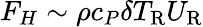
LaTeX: F_{H}\sim\rho c_{P}\delta T_{\mathrm{R}}U_{\mathrm{R}}